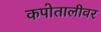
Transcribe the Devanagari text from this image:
कपोतालीवर